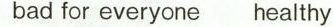
bad for everyone healthy